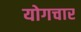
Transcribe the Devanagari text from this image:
योगचार